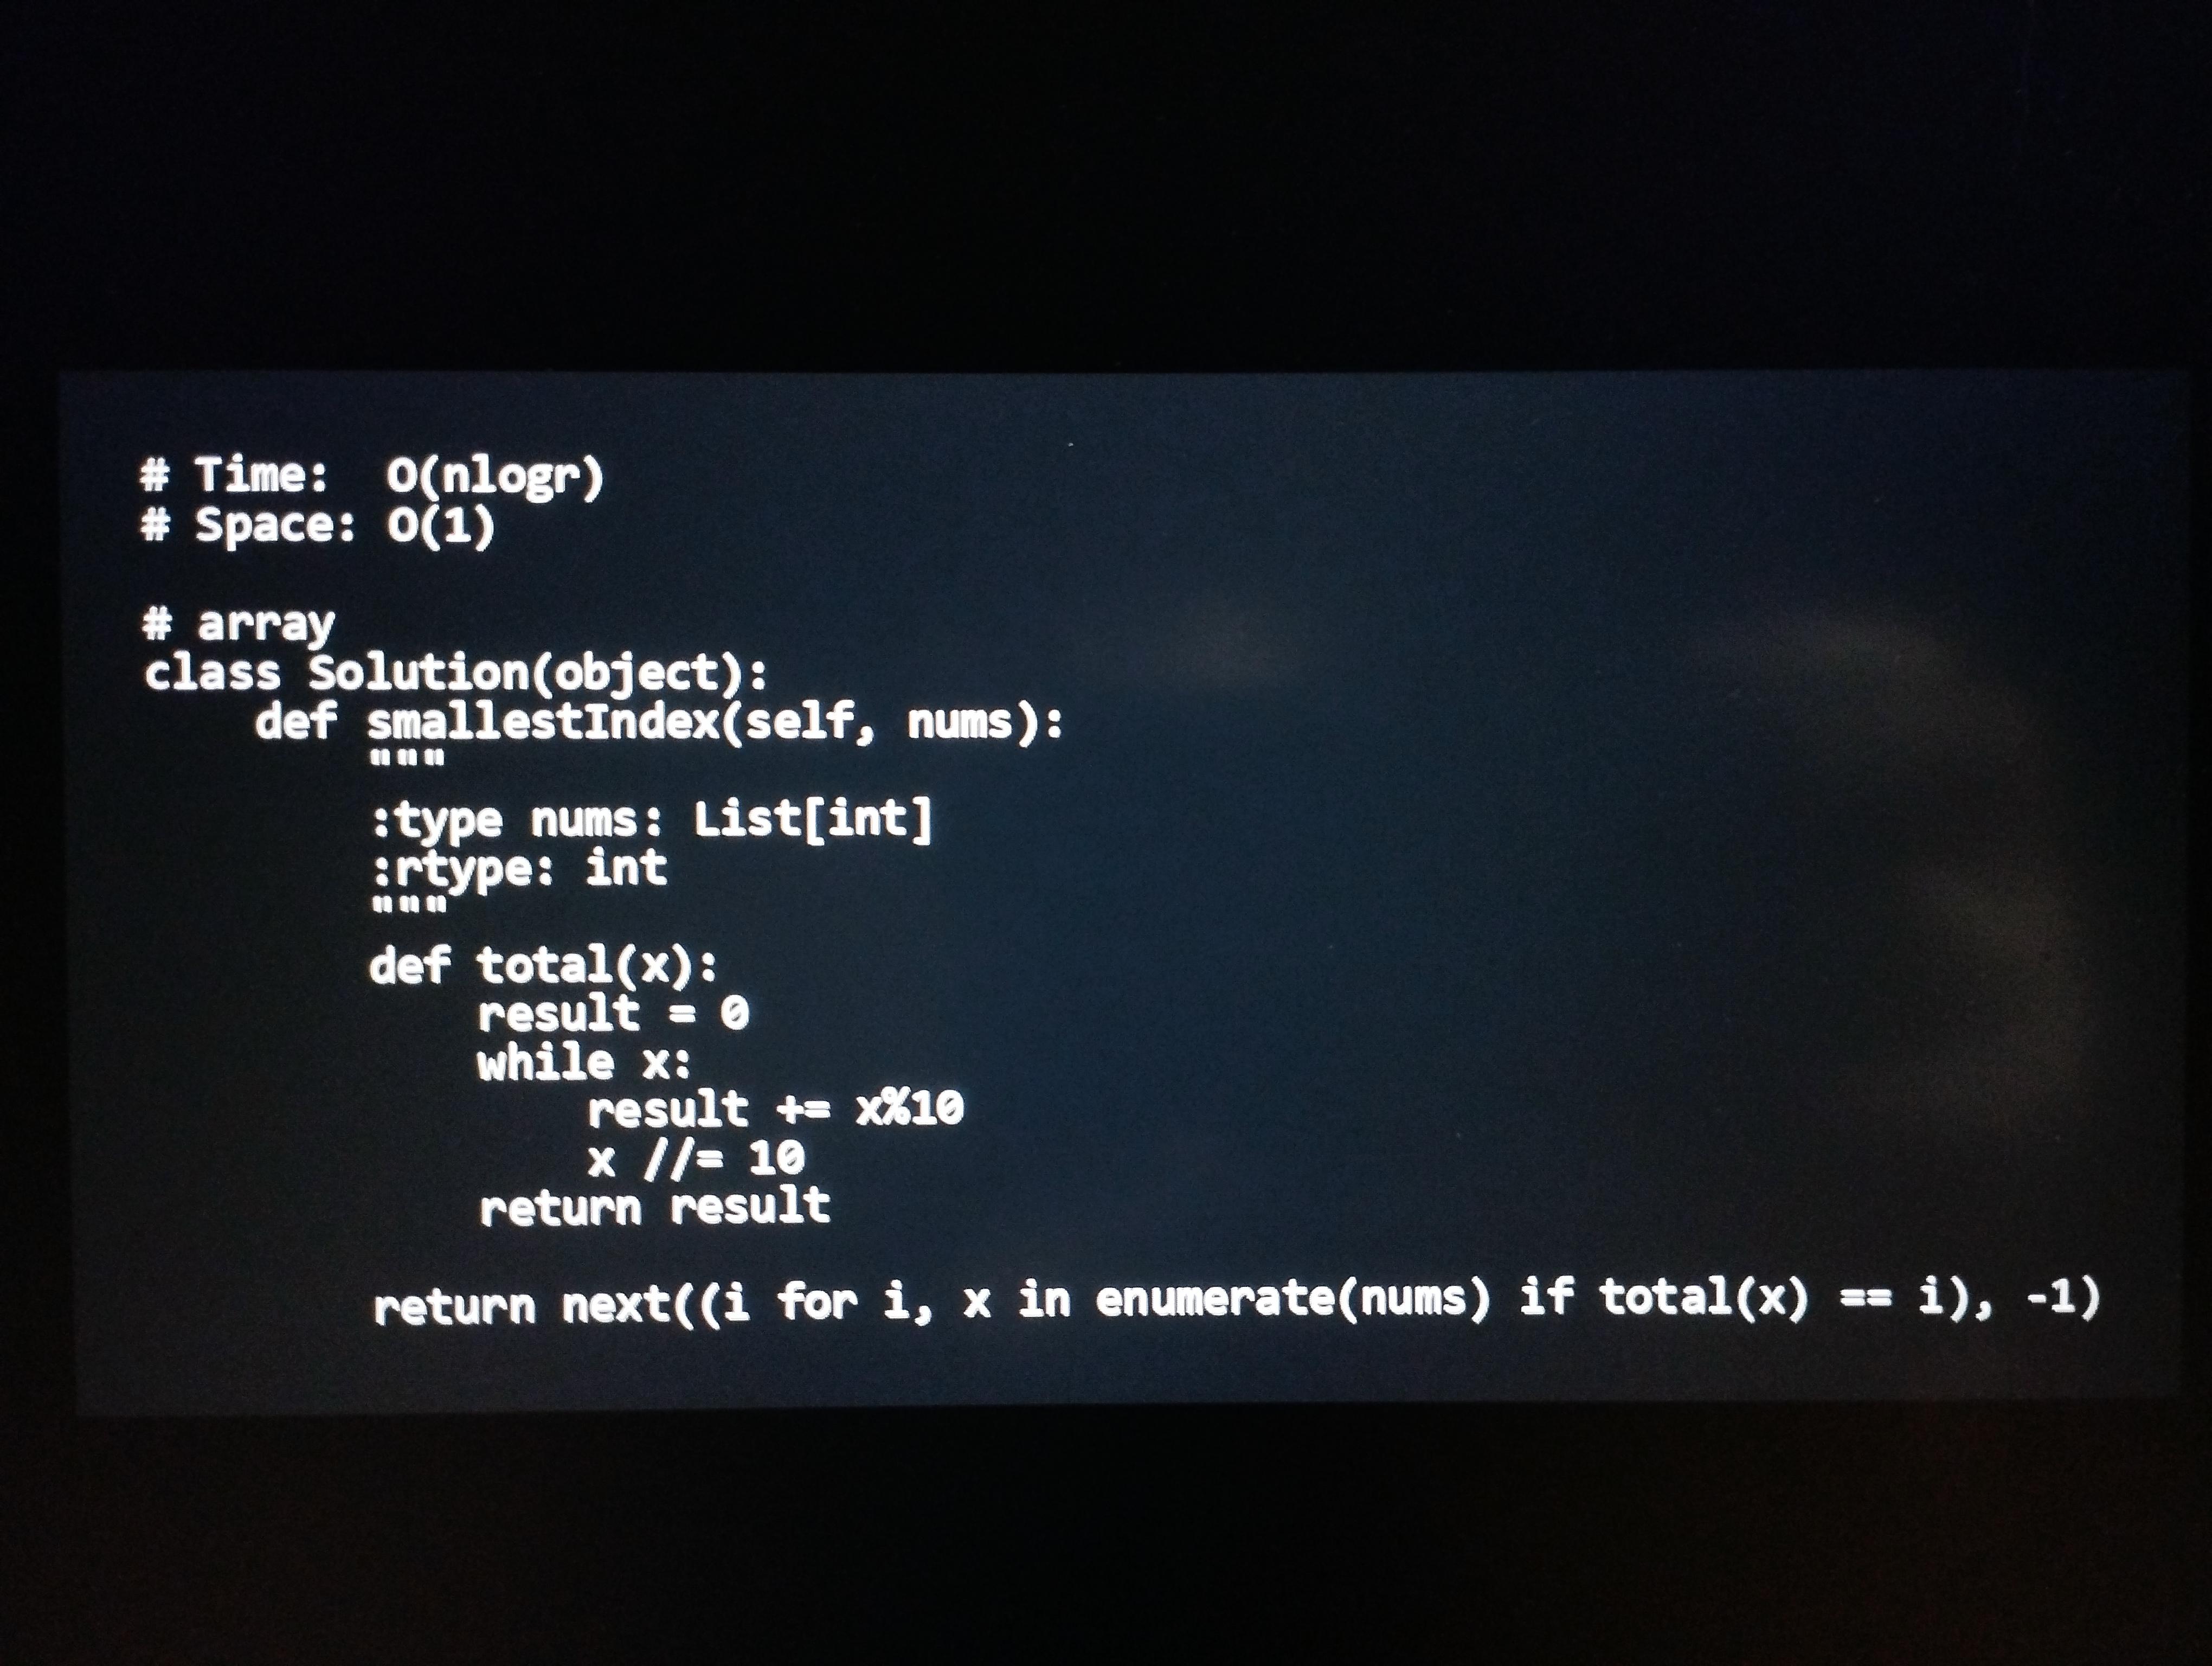
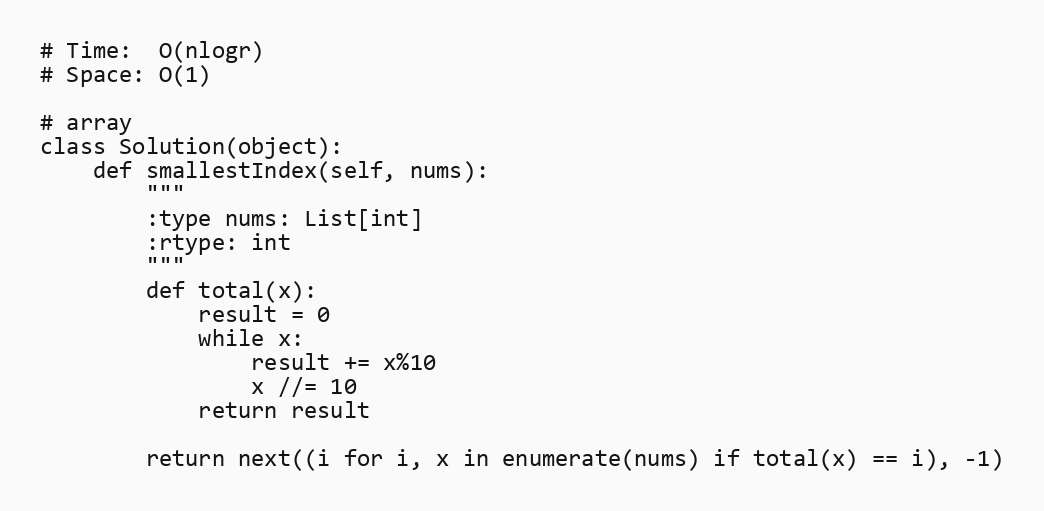
# Time:  O(nlogr)
# Space: O(1)

# array
class Solution(object):
    def smallestIndex(self, nums):
        """
        :type nums: List[int]
        :rtype: int
        """
        def total(x):
            result = 0
            while x:
                result += x%10
                x //= 10
            return result

        return next((i for i, x in enumerate(nums) if total(x) == i), -1)